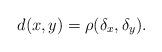
LaTeX: \begin{align*}d(x, y)=\rho(\delta_x, \delta_y).\end{align*}